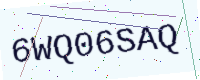
Text: 6WQ06SAQ